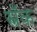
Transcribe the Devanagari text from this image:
स्नॅक